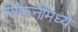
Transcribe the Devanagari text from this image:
सिंफनींमध्ये